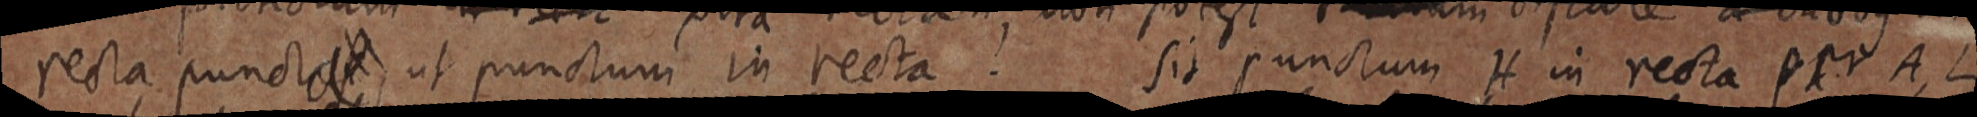
recta puncta, ut punctum in recta. sit punctum H in recta per A, L